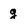
Character: g